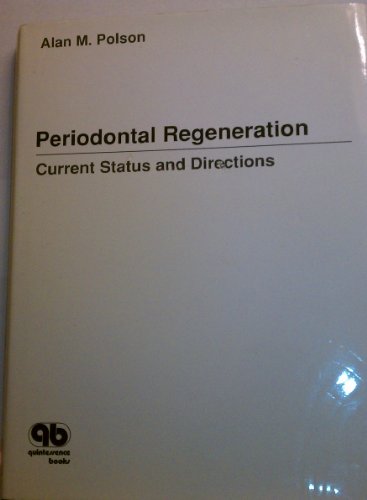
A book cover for Periodontal Regeneration: Current Status and Directions; Alan M. Polson; Medical Books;